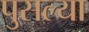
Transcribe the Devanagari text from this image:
पुसल्या